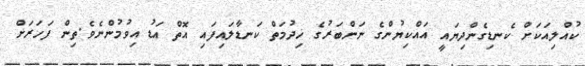
ކުއްލިއަކަށް ކެނޑިގެންދިޔައީ އައްކިޔުންގެ ނަންބަރުގެ ޚިދުމަތް ކަނޑާލައިފައި އޮތް އަޑު އިވުމުންނެވެ.ތިން ފަހަރަށް